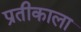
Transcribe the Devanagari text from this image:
प्रतीकाला